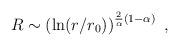
LaTeX: \begin{align*}R\sim\left(\ln(r/r_0)\right)^{{2\over\alpha}(1-\alpha)}~,\end{align*}